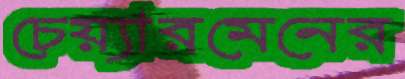
চেয়্যারমেনের